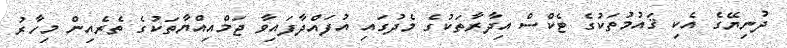
ދުނިޔޭގެ އެކި ޤައުމުތަކުގެ ޓެކްސް އިދާރާތަކުގެ މެދުގައި އުފައްދާފައިވާ ޖަމްއިއްޔާތަކުގެ ތެރެއިން މިހާރު